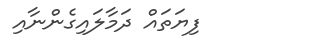
ފިޔަތައް ދަމާލައިގެންނާއި